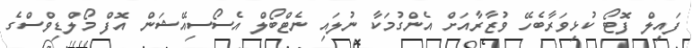
ފައިލް ފޮޓޯ ކުޅިވަރާބެހޭ ވުޒާރާއަށް އެންގުމަކާ ނުލައި ނެޓްބޯލް އެސޯސިއޭޝަން އޮފް މޯލްޑިވްސްގެ